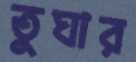
তুঘার